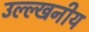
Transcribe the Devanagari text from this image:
उल्ल्खनीय